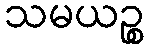
သမယဉ္စ